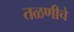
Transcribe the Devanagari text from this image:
तळणीचे